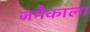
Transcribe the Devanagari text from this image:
जमैकाला